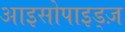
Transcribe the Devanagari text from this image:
आइसोपाइड्ज़